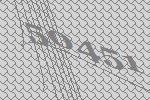
50451